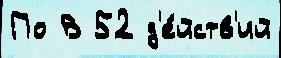
По В 52 д'е́йств'ий